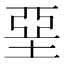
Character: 堊